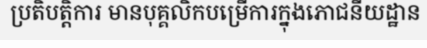
ប្រតិបត្តិការ មានបុគ្គលិកបម្រើការក្នុងភោជនីយដ្ឋាន